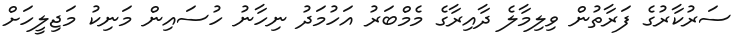
ސަރުކާރުގެ ފަރާތުން ވިލިމާލެ ދާއިރާގެ މެމްބަރު އަހުމަދު ނިހާނު ހުސައިން މަނިކު މަޖިލީހަށް